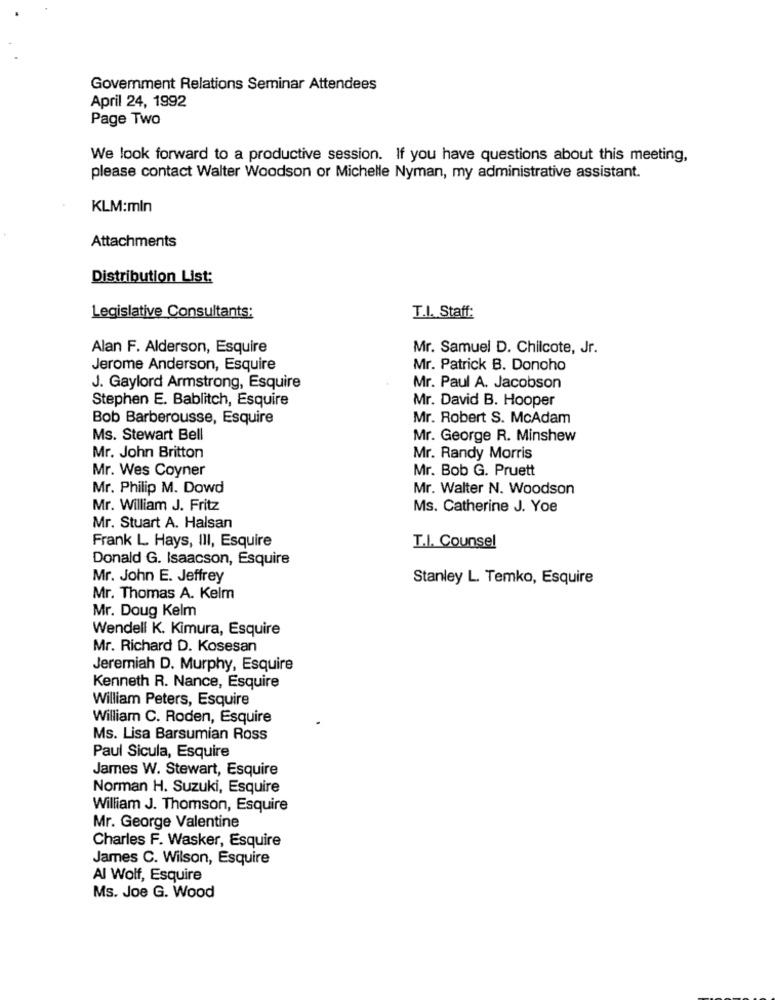
Government Relations Seminar Attendees
April 24, 1992
Page Two
We look forward to a productive session. If you have questions about this meeting,
please contact Walter Woodson or Michelle Nyman, my administrative assistant.
KLM:mln
Attachments
Distribution List:
Legislative Consultants:
T.I. Staff:
Alan F. Alderson, Esquire
Mr. Samuel D. Chilcote, Jr.
Jerome Anderson, Esquire
Mr. Patrick B. Donoho
J. Gaylord Armstrong, Esquire
Mr. Paul A. Jacobson
Stephen E. Bablitch, Esquire
Mr. David B. Hooper
Bob Barberousse, Esquire
Mr. Robert S. McAdam
Ms. Stewart Bell
Mr. George R. Minshew
Mr. John Britton
Mr. Randy Morris
Mr. Wes Coyner
Mr. Bob G. Pruett
Mr. Philip M. Dowd
Mr. Walter N. Woodson
Mr. William J. Fritz
Ms. Catherine J. Yoe
Mr. Stuart A. Halsan
Frank L. Hays, III, Esquire
T.I. Counsel
Donald G. Isaacson, Esquire
Mr. John E. Jeffrey
Stanley L. Temko, Esquire
Mr. Thomas A. Kelm
Mr. Doug Kelm
Wendell K. Kimura, Esquire
Mr. Richard D. Kosesan
Jeremiah D. Murphy, Esquire
Kenneth R. Nance, Esquire
William Peters, Esquire
William C. Roden, Esquire
Ms. Lisa Barsumian Ross
Paul Sicula, Esquire
James W. Stewart, Esquire
Norman H. Suzuki, Esquire
William J. Thomson, Esquire
Mr. George Valentine
Charles F. Wasker, Esquire
James C. Wilson, Esquire
Al Wolf, Esquire
Ms. Joe G. Wood